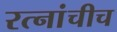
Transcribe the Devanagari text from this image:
रत्नांचीच